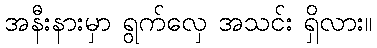
အနီးနားမှာ ရွက်လှေ အသင်း ရှိလား။